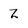
Character: Z